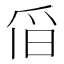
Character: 𱬹